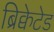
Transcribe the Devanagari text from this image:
ब्रिक्वेटेड